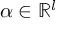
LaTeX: \alpha \in \mathbb { R } ^ { l }